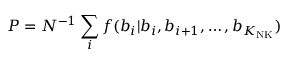
P = N ^ { - 1 } \sum _ { i } f ( b _ { i } \vert b _ { i } , b _ { i + 1 } , \dots , b _ { K _ { \mathrm { N K } } } )